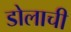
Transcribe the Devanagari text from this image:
डोलाची